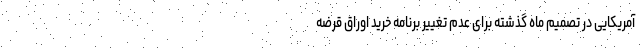
آمریکایی در تصمیم ماه گذشته برای عدم تغییر برنامه خرید اوراق قرضه